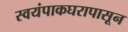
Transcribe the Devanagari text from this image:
स्वयंपाकघरापासून